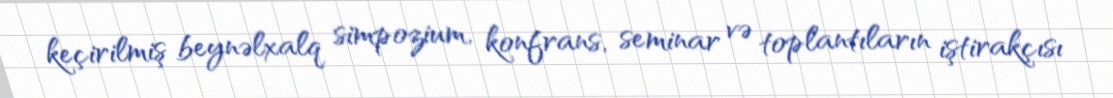
keçirilmiş beynəlxalq simpozium, konfrans, seminar və toplantıların iştirakçısı